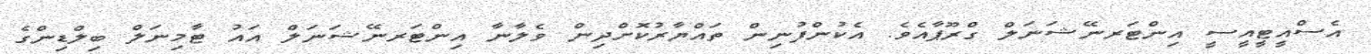
އެސްއީޓީއީސީ އިންޓަރނޭޝަނަލް ގްރޫޕާއެވެ. އެކުންފުނިން ތައްޔާރުކޮށްދިން ވެލާނާ އިންޓަރނޭޝަނަލް އައު ޓާމިނަލް ބިލްޑިންގެ